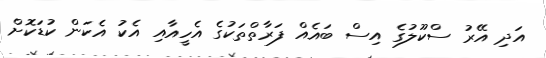
އަދި އޭރު ސްކޫލުގެ އިސް ބައެއް ފަރާތްތަކުގެ އެހީއާއި އެކު އެކަން ކުޑަކޮށް